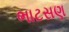
ભાટસણ